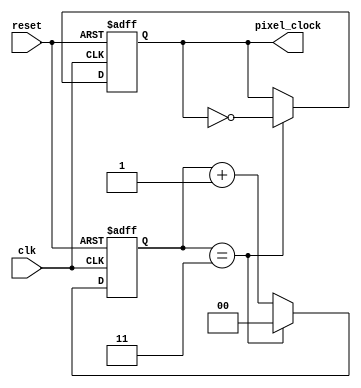
`timescale 1ns / 1ps
//////////////////////////////////////////////////////////////////////////////////
// Company: 
// Engineer: 
// 
// Design Name: 
// Module Name:    pixel_clock 
// Project Name: 
// Target Devices: 
// Tool versions: 
// Description: 
//
// Dependencies: 
//
// Revision: 
// Revision 0.01 - File Created
// Additional Comments: 
//
//////////////////////////////////////////////////////////////////////////////////
module pixel_clock(
    input clk, reset,
    output reg pixel_clock
    );

reg [1:0]output_signal;

always @(posedge clk or negedge reset)
begin
	if (!reset)
	begin
		output_signal <= 2'b0;
		pixel_clock <= 0;
	end
	else if (output_signal == 2'b11)
	begin
		output_signal <= 2'b0;
		pixel_clock <= ~pixel_clock;
	end
	else
		output_signal <= output_signal + 1;
end

endmodule